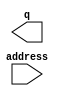
// megafunction wizard: %LPM_ROM%VBB%
// GENERATION: STANDARD
// VERSION: WM1.0
// MODULE: lpm_rom 

// ============================================================
// Megafunction Name(s):
// 			lpm_rom
//
// Simulation Library Files(s):
// 			lpm
// ============================================================
// ************************************************************
// THIS IS A WIZARD-GENERATED FILE. DO NOT EDIT THIS FILE!
//
// 8.1 Build 163 10/28/2008 SJ Web Edition
// ************************************************************

//Copyright (C) 1991-2008 Altera Corporation
//Your use of Altera Corporation's design tools, logic functions 
//and other software and tools, and its AMPP partner logic 
//functions, and any output files from any of the foregoing 
//(including device programming or simulation files), and any 
//associated documentation or information are expressly subject 
//to the terms and conditions of the Altera Program License 
//Subscription Agreement, Altera MegaCore Function License 
//Agreement, or other applicable license agreement, including, 
//without limitation, that your use is for the sole purpose of 
//programming logic devices manufactured by Altera and sold by 
//Altera or its authorized distributors.  Please refer to the 
//applicable agreement for further details.

module lpm_rom0 (
	address,
	q);

	input	[7:0]  address;
	output	[15:0]  q;

endmodule

// ============================================================
// CNX file retrieval info
// ============================================================
// Retrieval info: PRIVATE: ADDRESSSTALL_A NUMERIC "0"
// Retrieval info: PRIVATE: AclrAddr NUMERIC "0"
// Retrieval info: PRIVATE: AclrByte NUMERIC "0"
// Retrieval info: PRIVATE: AclrOutput NUMERIC "0"
// Retrieval info: PRIVATE: BYTE_ENABLE NUMERIC "0"
// Retrieval info: PRIVATE: BYTE_SIZE NUMERIC "8"
// Retrieval info: PRIVATE: BlankMemory NUMERIC "0"
// Retrieval info: PRIVATE: CLOCK_ENABLE_INPUT_A NUMERIC "0"
// Retrieval info: PRIVATE: CLOCK_ENABLE_OUTPUT_A NUMERIC "0"
// Retrieval info: PRIVATE: Clken NUMERIC "0"
// Retrieval info: PRIVATE: IMPLEMENT_IN_LES NUMERIC "0"
// Retrieval info: PRIVATE: INIT_FILE_LAYOUT STRING "PORT_A"
// Retrieval info: PRIVATE: INIT_TO_SIM_X NUMERIC "0"
// Retrieval info: PRIVATE: INTENDED_DEVICE_FAMILY STRING "FLEX10K"
// Retrieval info: PRIVATE: JTAG_ENABLED NUMERIC "0"
// Retrieval info: PRIVATE: JTAG_ID STRING "NONE"
// Retrieval info: PRIVATE: MAXIMUM_DEPTH NUMERIC "0"
// Retrieval info: PRIVATE: MIFfilename STRING "ROM_ini.mif"
// Retrieval info: PRIVATE: NUMWORDS_A NUMERIC "256"
// Retrieval info: PRIVATE: OutputRegistered NUMERIC "0"
// Retrieval info: PRIVATE: RAM_BLOCK_TYPE NUMERIC "0"
// Retrieval info: PRIVATE: RegAdd NUMERIC "0"
// Retrieval info: PRIVATE: RegAddr NUMERIC "0"
// Retrieval info: PRIVATE: RegOutput NUMERIC "0"
// Retrieval info: PRIVATE: SYNTH_WRAPPER_GEN_POSTFIX STRING "0"
// Retrieval info: PRIVATE: SingleClock NUMERIC "1"
// Retrieval info: PRIVATE: UseDQRAM NUMERIC "0"
// Retrieval info: PRIVATE: WidthAddr NUMERIC "8"
// Retrieval info: PRIVATE: WidthData NUMERIC "16"
// Retrieval info: PRIVATE: rden NUMERIC "0"
// Retrieval info: CONSTANT: INTENDED_DEVICE_FAMILY STRING "FLEX10K"
// Retrieval info: CONSTANT: LPM_ADDRESS_CONTROL STRING "UNREGISTERED"
// Retrieval info: CONSTANT: LPM_FILE STRING "ROM_ini.mif"
// Retrieval info: CONSTANT: LPM_OUTDATA STRING "UNREGISTERED"
// Retrieval info: CONSTANT: LPM_TYPE STRING "LPM_ROM"
// Retrieval info: CONSTANT: LPM_WIDTH NUMERIC "16"
// Retrieval info: CONSTANT: LPM_WIDTHAD NUMERIC "8"
// Retrieval info: USED_PORT: address 0 0 8 0 INPUT NODEFVAL address[7..0]
// Retrieval info: USED_PORT: q 0 0 16 0 OUTPUT NODEFVAL q[15..0]
// Retrieval info: CONNECT: @address 0 0 8 0 address 0 0 8 0
// Retrieval info: CONNECT: q 0 0 16 0 @q 0 0 16 0
// Retrieval info: LIBRARY: lpm lpm.lpm_components.all
// Retrieval info: GEN_FILE: TYPE_NORMAL lpm_rom0.v TRUE
// Retrieval info: GEN_FILE: TYPE_NORMAL lpm_rom0.inc FALSE
// Retrieval info: GEN_FILE: TYPE_NORMAL lpm_rom0.cmp FALSE
// Retrieval info: GEN_FILE: TYPE_NORMAL lpm_rom0.bsf TRUE FALSE
// Retrieval info: GEN_FILE: TYPE_NORMAL lpm_rom0_inst.v FALSE
// Retrieval info: GEN_FILE: TYPE_NORMAL lpm_rom0_bb.v TRUE
// Retrieval info: LIB_FILE: lpm